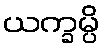
ယက္ခမ္ပိ